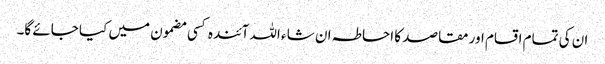
ان کی تمام اقسام اور مقاصد کا احاطہ ان شا ء اللہ آئندہ کسی مضمون میں کیا جائے گا۔